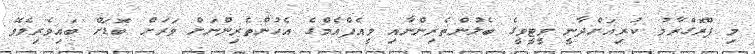
މި ޕްރޮގްރާމު ކުރިއަށްދާނީ ވީޓީވީގެ ބެލުންތެރިންނާއި ވީއެފްއެމްގެ އެހުންތެރިންނަށް ވަރަށް ބޮޑަށް ބައިވެރިވެވޭ